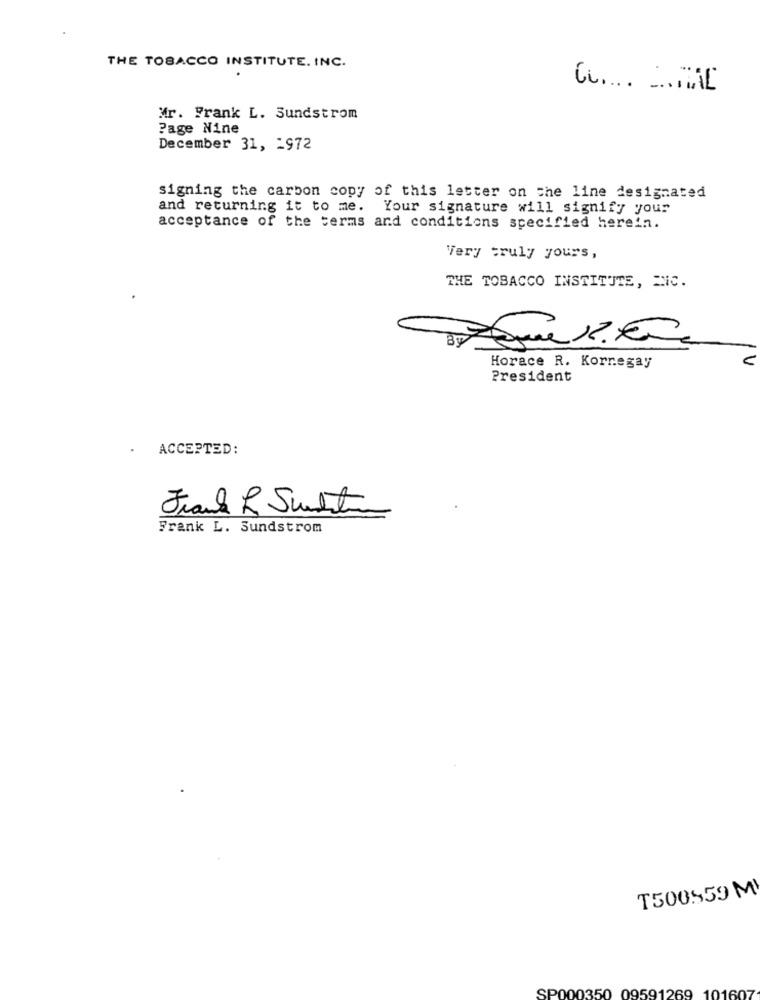
THE TOBACCO INSTITUTE. INC.
Mr. Frank L. Sundstrom
Page Nine
December 31, 1972
signing the carbon copy of this letter on the line designated
and returning it to me. Your signature will signify your
acceptance of the terms and conditions specified herein.
'Very truly yours,
THE TOBACCO INSTITUTE, ENIC.
V
Horace R. Kornegay
President
ACCEPTED:
Frank L. Sundstrom
T500559 M
SP000350 09591269 101